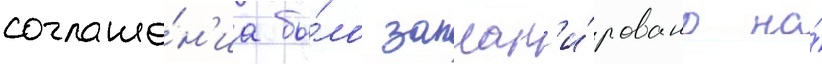
соглаше́н'иа бы́ло заплан'и́ровано на́